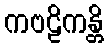
ကဗဠိကန္တိ